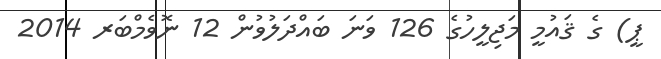
ޕީ) ގެ ޤައުމީ މަޖިލީހުގެ 126 ވަނަ ބައްދަލުވުން 12 ނޮވެމްބަރ 2014